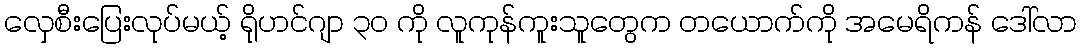
လှေစီးပြေးလုပ်မယ့် ရိုဟင်ဂျာ ၃၀ ကို လူကုန်ကူးသူတွေက တယောက်ကို အမေရိကန် ဒေါ်လာ